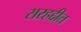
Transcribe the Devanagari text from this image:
सरहद्दीत